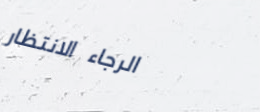
الرجاء الانتظار